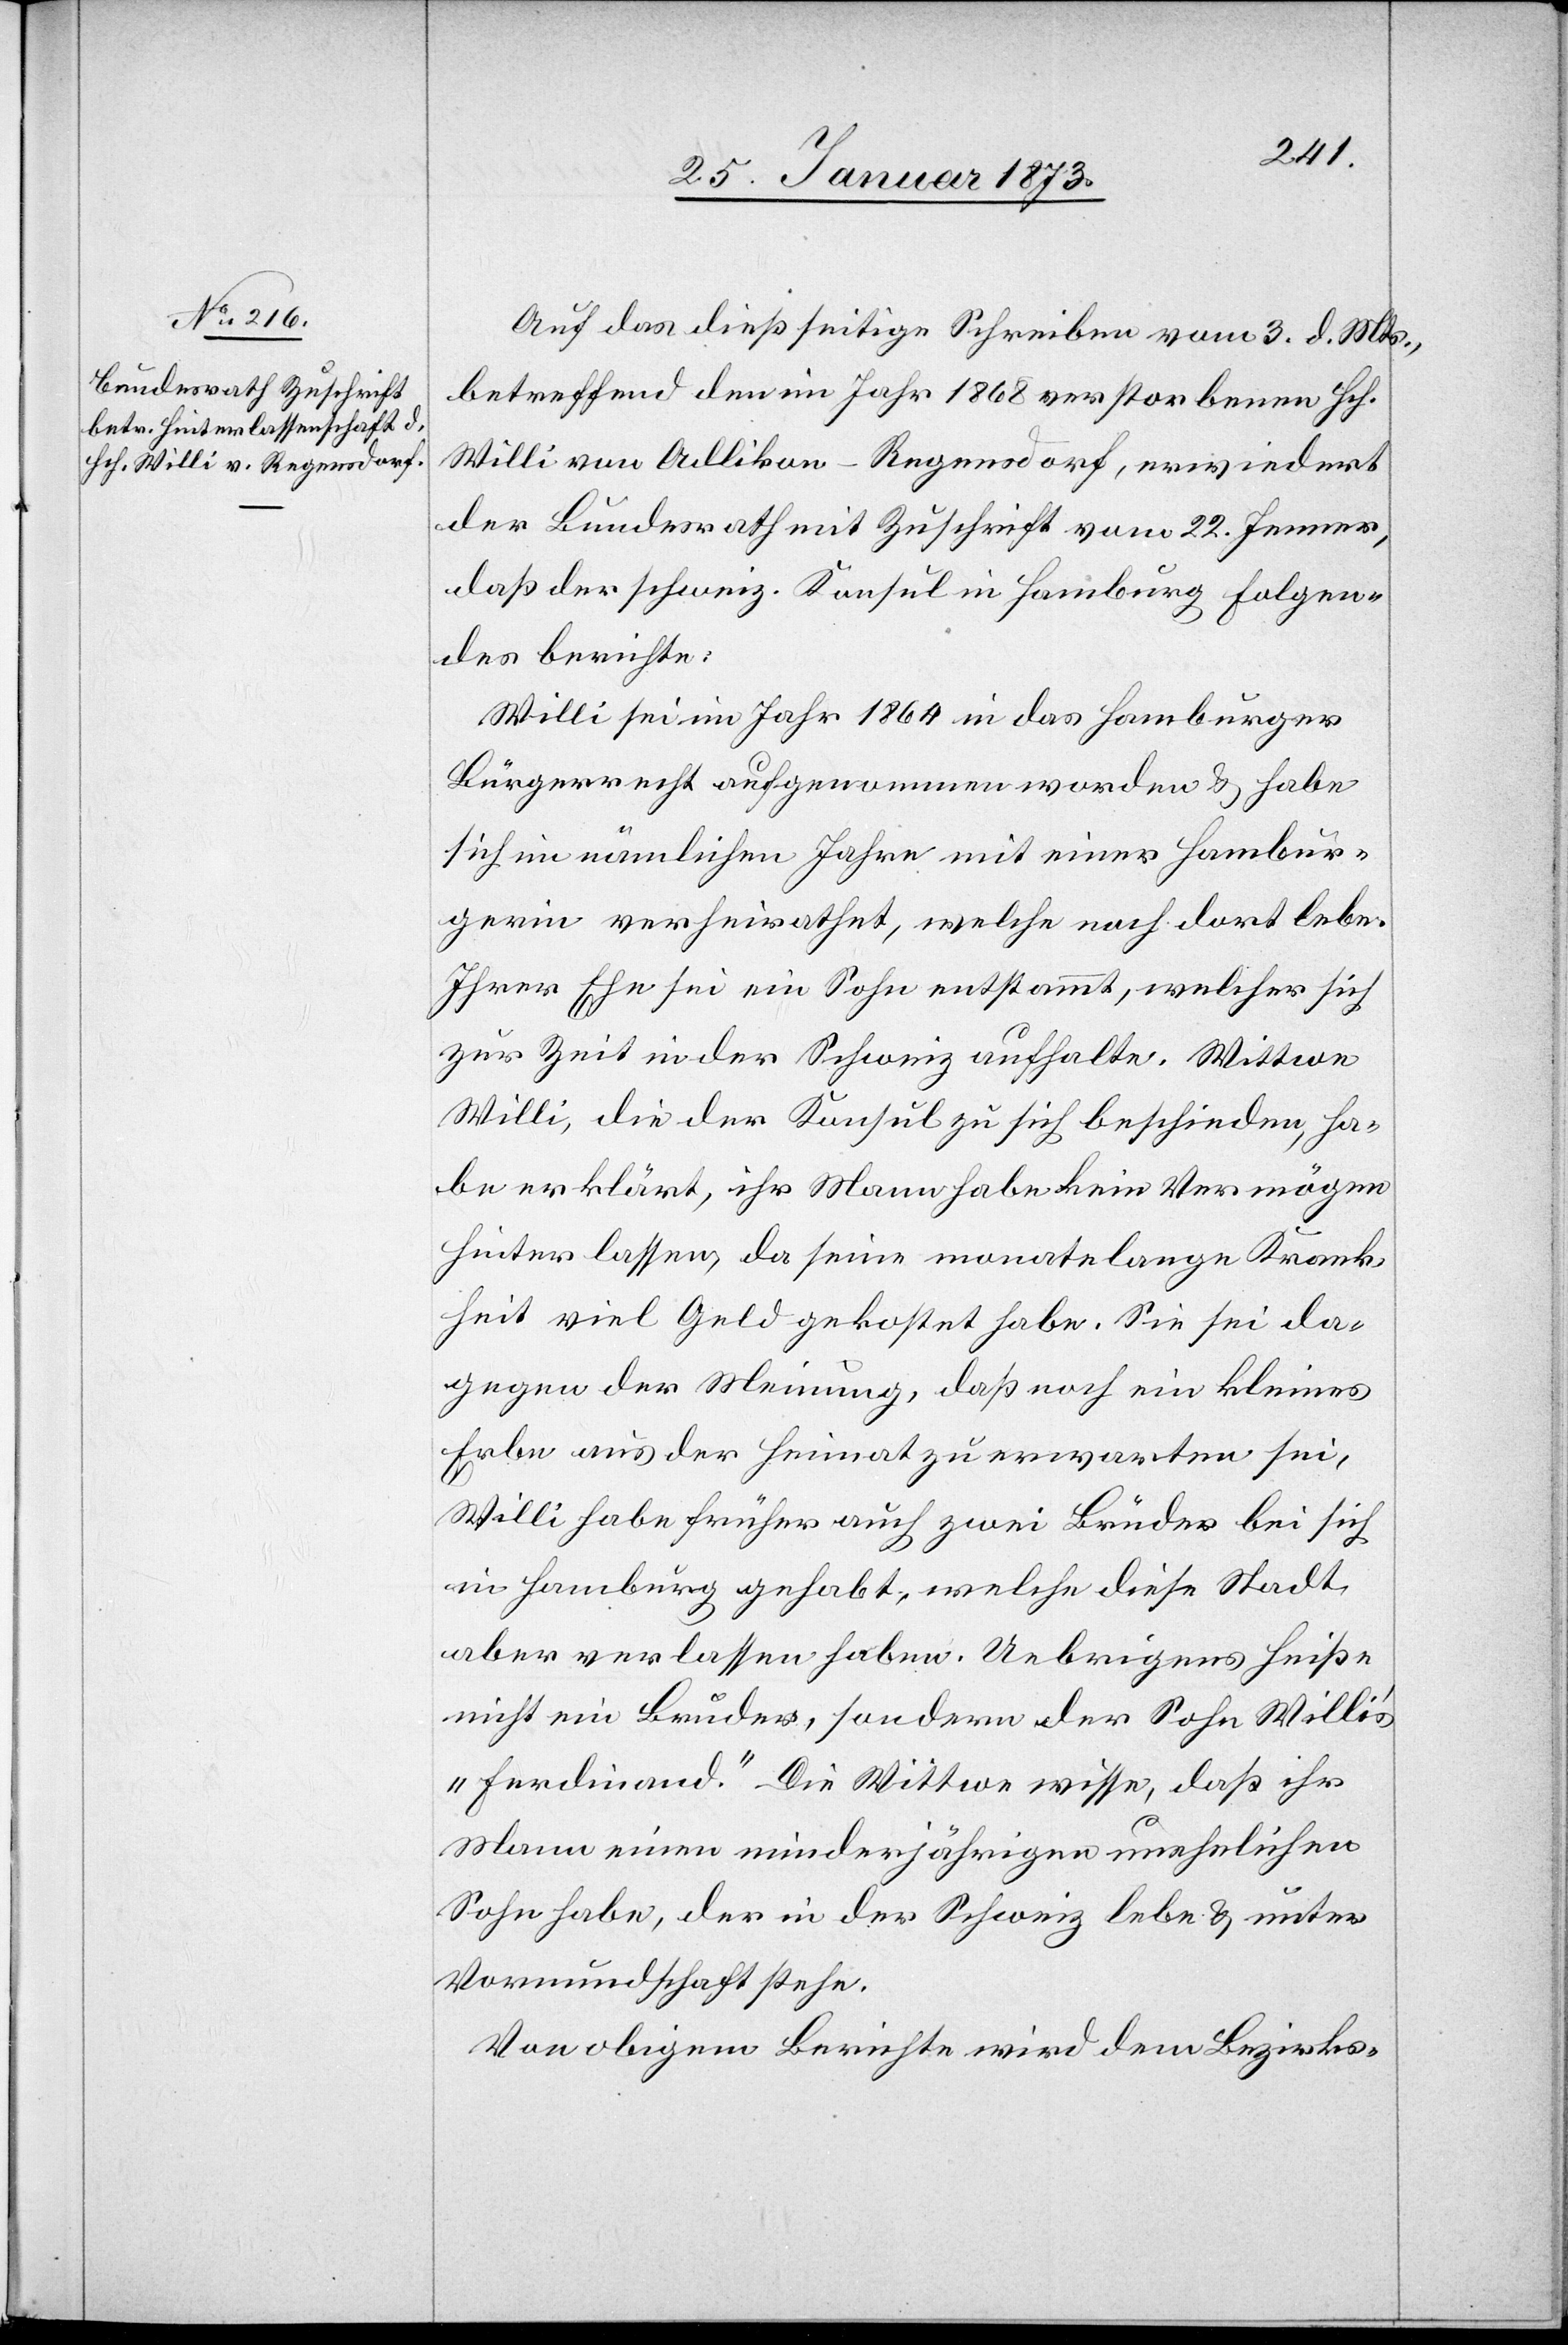
25. Januar 1873.]
Auf das dießseitige Schreiben vom 3. d. Mts.,
betreffend den im Jahr 1868 verstorbenen Hch.
Willi von Adlikon-Regensdorf, erwiedert
der Bundesrath mit Zuschrift vom 2. Jenner,
daß der schweiz. Konsul in Hamburg Folgen¬
des berichte:
Willi sei im Jahr 1864 in das Hamburger
Bürgerrecht aufgenommen worden u. habe
sich im nämlichen Jahre mit einer Hambur¬
gerin verheirathet, welche noch dort lebe.
Ihrer Ehe sei ein Sohn entstammt, welcher sich
zur Zeit in der Schweiz aufhalte. Wittwe
Willi, die der Konsul zu sich beschieden, ha¬
be erklärt, ihr Mann habe kein Vermögen
hinterlassen, da seine monatelange Krank¬
heit viel Geld gekostet habe. Sie sei da¬
gegen der Meinung, daß noch ein kleines
Erbe aus der Heimat zu erwarten sei,
Willi habe früher auch zwei Brüder bei sich
in Hamburg gehabt, welche diese Stadt
aber verlassen haben. Uebrigens heiße
nicht ein Bruder, sondern der Sohn Willi’s
„Ferdinand“. Die Wittwe wisse, daß ihr
Mann einen minderjährigen unehelichen
Sohn habe, der in der Schweiz lebe u. unter
Vormundschaft stehe.
Von obigem Berichte wird dem Bezirks-